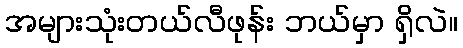
အများသုံးတယ်လီဖုန်း ဘယ်မှာ ရှိလဲ။